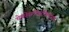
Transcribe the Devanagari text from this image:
चेकोस्लोवाकियाचा